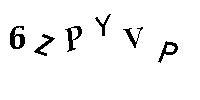
6ZPYVP